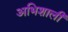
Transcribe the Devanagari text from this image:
अभिशाली